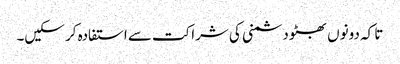
تا کہ دونوں بھٹو دشمنی کی شراکت سے استفادہ کر سکیں۔